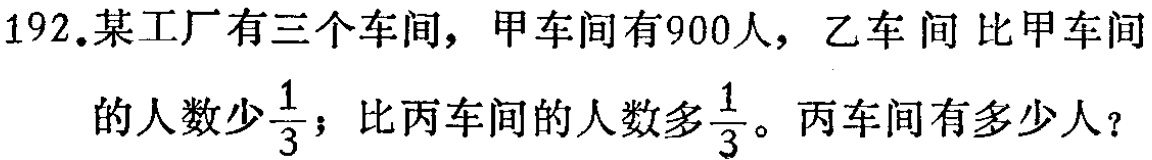
192.某工厂有三个车间，甲车间有900人，乙车间比甲车间

的人数少$\frac{1}{3}$；比丙车间的人数多$\frac{1}{3}$。丙车间有多少人？